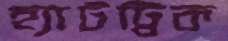
হ্যাটট্টিক